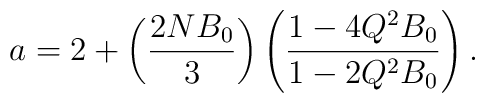
a = 2 + \left( \frac{2 N B_0}{3} \right)    \left( \frac{1 - 4 Q^2 B_0}{1 - 2 Q^2 B_0} \right).